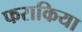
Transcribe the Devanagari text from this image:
फराकिया